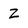
Character: Z